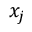
x _ { j }